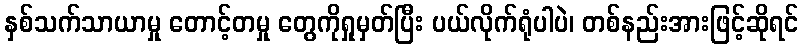
နှစ်သက်သာယာမှု တောင့်တမှု တွေကိုရှုမှတ်ပြီး ပယ်လိုက်ရုံပါပဲ၊ တစ်နည်းအားဖြင့်ဆိုရင်